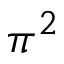
\pi ^ { 2 }